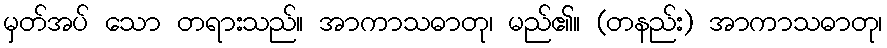
မှတ်အပ် သော တရားသည်။ အာကာသဓာတု၊ မည်၏။ (တနည်း) အာကာသဓာတု၊